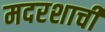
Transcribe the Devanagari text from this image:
मदरशाची